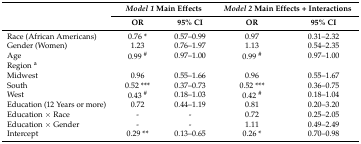
<table><thead><tr><td rowspan="2"></td><td colspan="2"><b><i>Model 1</i> Main Effects</b></td><td colspan="2"><b><i>Model 2</i> Main Effects + Interactions</b></td></tr><tr><td><b>OR</b></td><td><b>95% CI</b></td><td><b>OR</b></td><td><b>95% CI</b></td></tr></thead><tbody><tr><td>Race (African Americans)</td><td>0.76 *</td><td>0.57–0.99</td><td> 0.97</td><td>0.31–2.32</td></tr><tr><td>Gender (Women)</td><td>1.23</td><td>0.76–1.97</td><td>1.13</td><td>0.54–2.35</td></tr><tr><td>Age</td><td>0.99 <sup>#</sup></td><td>0.97–1.00</td><td>0.99 <sup>#</sup></td><td>0.97–1.00</td></tr><tr><td>Region <sup>a</sup></td><td></td><td></td><td></td><td></td></tr><tr><td>Midwest</td><td>0.96</td><td>0.55–1.66</td><td>0.96</td><td>0.55–1.67</td></tr><tr><td>South</td><td>0.52 ***</td><td>0.37–0.73</td><td>0.52 ***</td><td>0.36–0.75</td></tr><tr><td>West</td><td>0.43 <sup>#</sup></td><td>0.18–1.03</td><td>0.42 <sup>#</sup></td><td>0.18–1.04</td></tr><tr><td>Education (12 Years or more)</td><td>0.72</td><td>0.44–1.19</td><td>0.81</td><td>0.20–3.20</td></tr><tr><td>Education × Race</td><td>-</td><td>-</td><td>0.72</td><td>0.25–2.05</td></tr><tr><td>Education × Gender</td><td>-</td><td>-</td><td>1.11</td><td>0.49–2.49</td></tr><tr><td>Intercept</td><td>0.29 **</td><td>0.13–0.65</td><td>0.26 *</td><td>0.70–0.98</td></tr></tbody></table>